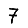
Digit: 7